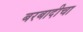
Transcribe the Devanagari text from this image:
बरबादीचा